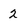
Character: 2